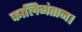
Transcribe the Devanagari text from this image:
कालिमंतान।